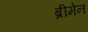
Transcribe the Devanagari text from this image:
ब्रीमेन